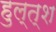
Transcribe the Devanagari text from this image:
हुल्त्श